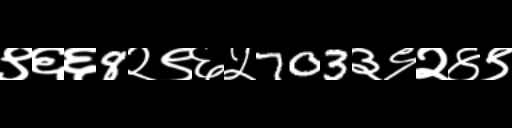
Text: ९६६8२९६५703३९२४९